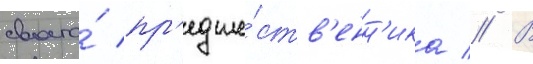
своего́ пр'едше́ств'енн'ика // В